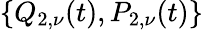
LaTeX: \{ Q_{2,\nu}(t),P_{2,\nu}(t)\}